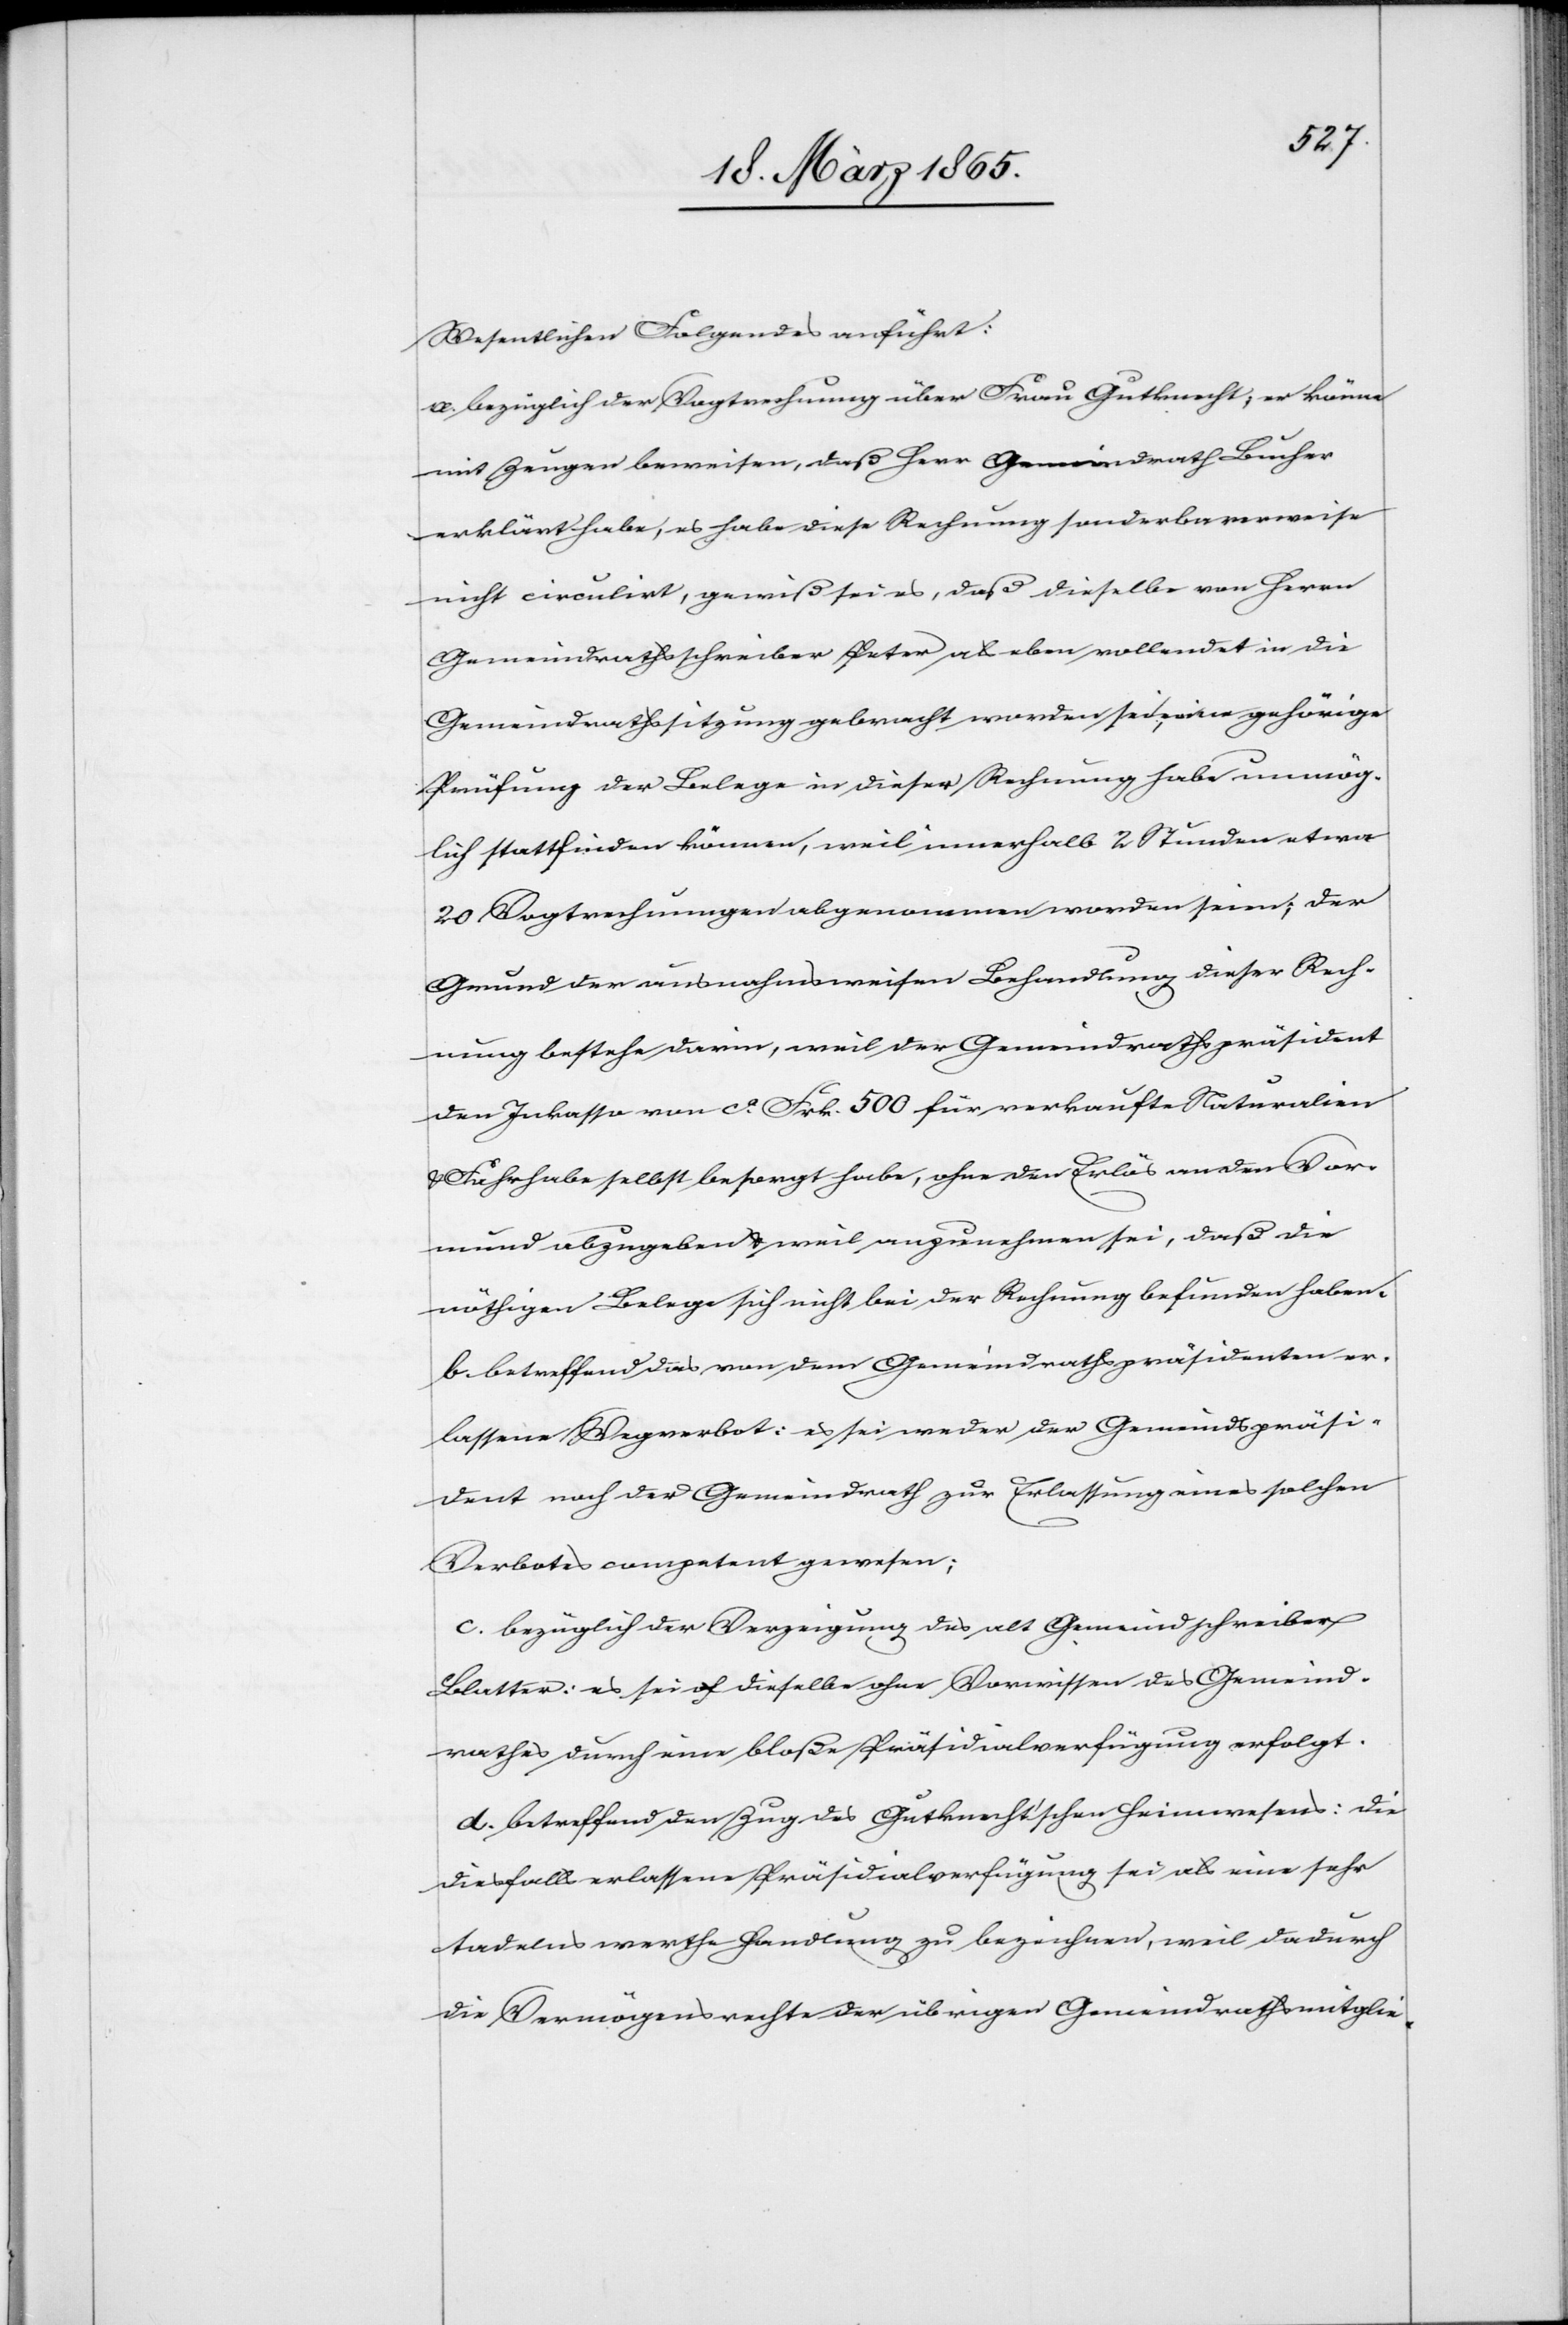
Wesentlichen Folgendes anführt:
a. bezüglich der Vogtrechnung über Frau Gutknecht: er könne
mit Zeugen beweisen, daß Herr Gemeindrath Bucher
erklärt habe, es habe diese Rechnung sonderbarerweise
nicht circulirt, gewiß sei es, daß dieselbe von Herrn
Gemeindrathsschreiber Peter als eben vollendet in die
Gemeindrathssitzung gebracht worden sei, eine gehörige
Prüfung der Belege in dieser Rechnung habe unmög¬
lich stattfinden können, weil innerhalb 2 Stunden etwa
20 Vogtrechnungen abgenommen worden seien; der
Grund der ausnahmsweisen Behandlung dieser Rech¬
nung bestehe darin, weil der Gemeindrathspräsident
den Inkasso von ca Frk. 500 für verkaufte Naturalien
Fahrhabe selbst besorgt habe, ohne den Erlös an den Vor¬
mund abzugeben & weil anzunehmen sei, daß die
nöthigen Belege sich nicht bei der Rechnung befunden haben.
b. betreffend das von dem Gemeindrathspräsidenten er¬
lassene Wegverbot: es sei weder der Gemeindspräsi¬
dent noch der Gemeindrath zur Erlassung eines solchen
Verbotes competent gewesen;
c. bezüglich der Verzeigung des alt Gemeindschreiber
Blatter: es sei dieselbe ohne Vorwissen des Gemeind¬
rath durch eine bloße Präsidialverfügung erfolgt.
d. betreffend den Zug des Gutknecht’schen Heimwesens: die
diesfalls erlassene Präsidialverfügung sei als eine sehr
tadelnswerthe Handlung zu bezeichnen, weil dadurch
die Vermögensrechte der übrigen Gemeindrathsmitglie-